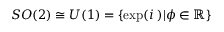
S O ( 2 ) \cong U ( 1 ) = \{ \exp ( i { \it \phi } ) | \phi \in \mathbb { R } \}